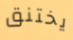
يختنق